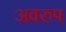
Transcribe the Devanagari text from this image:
अवरुप